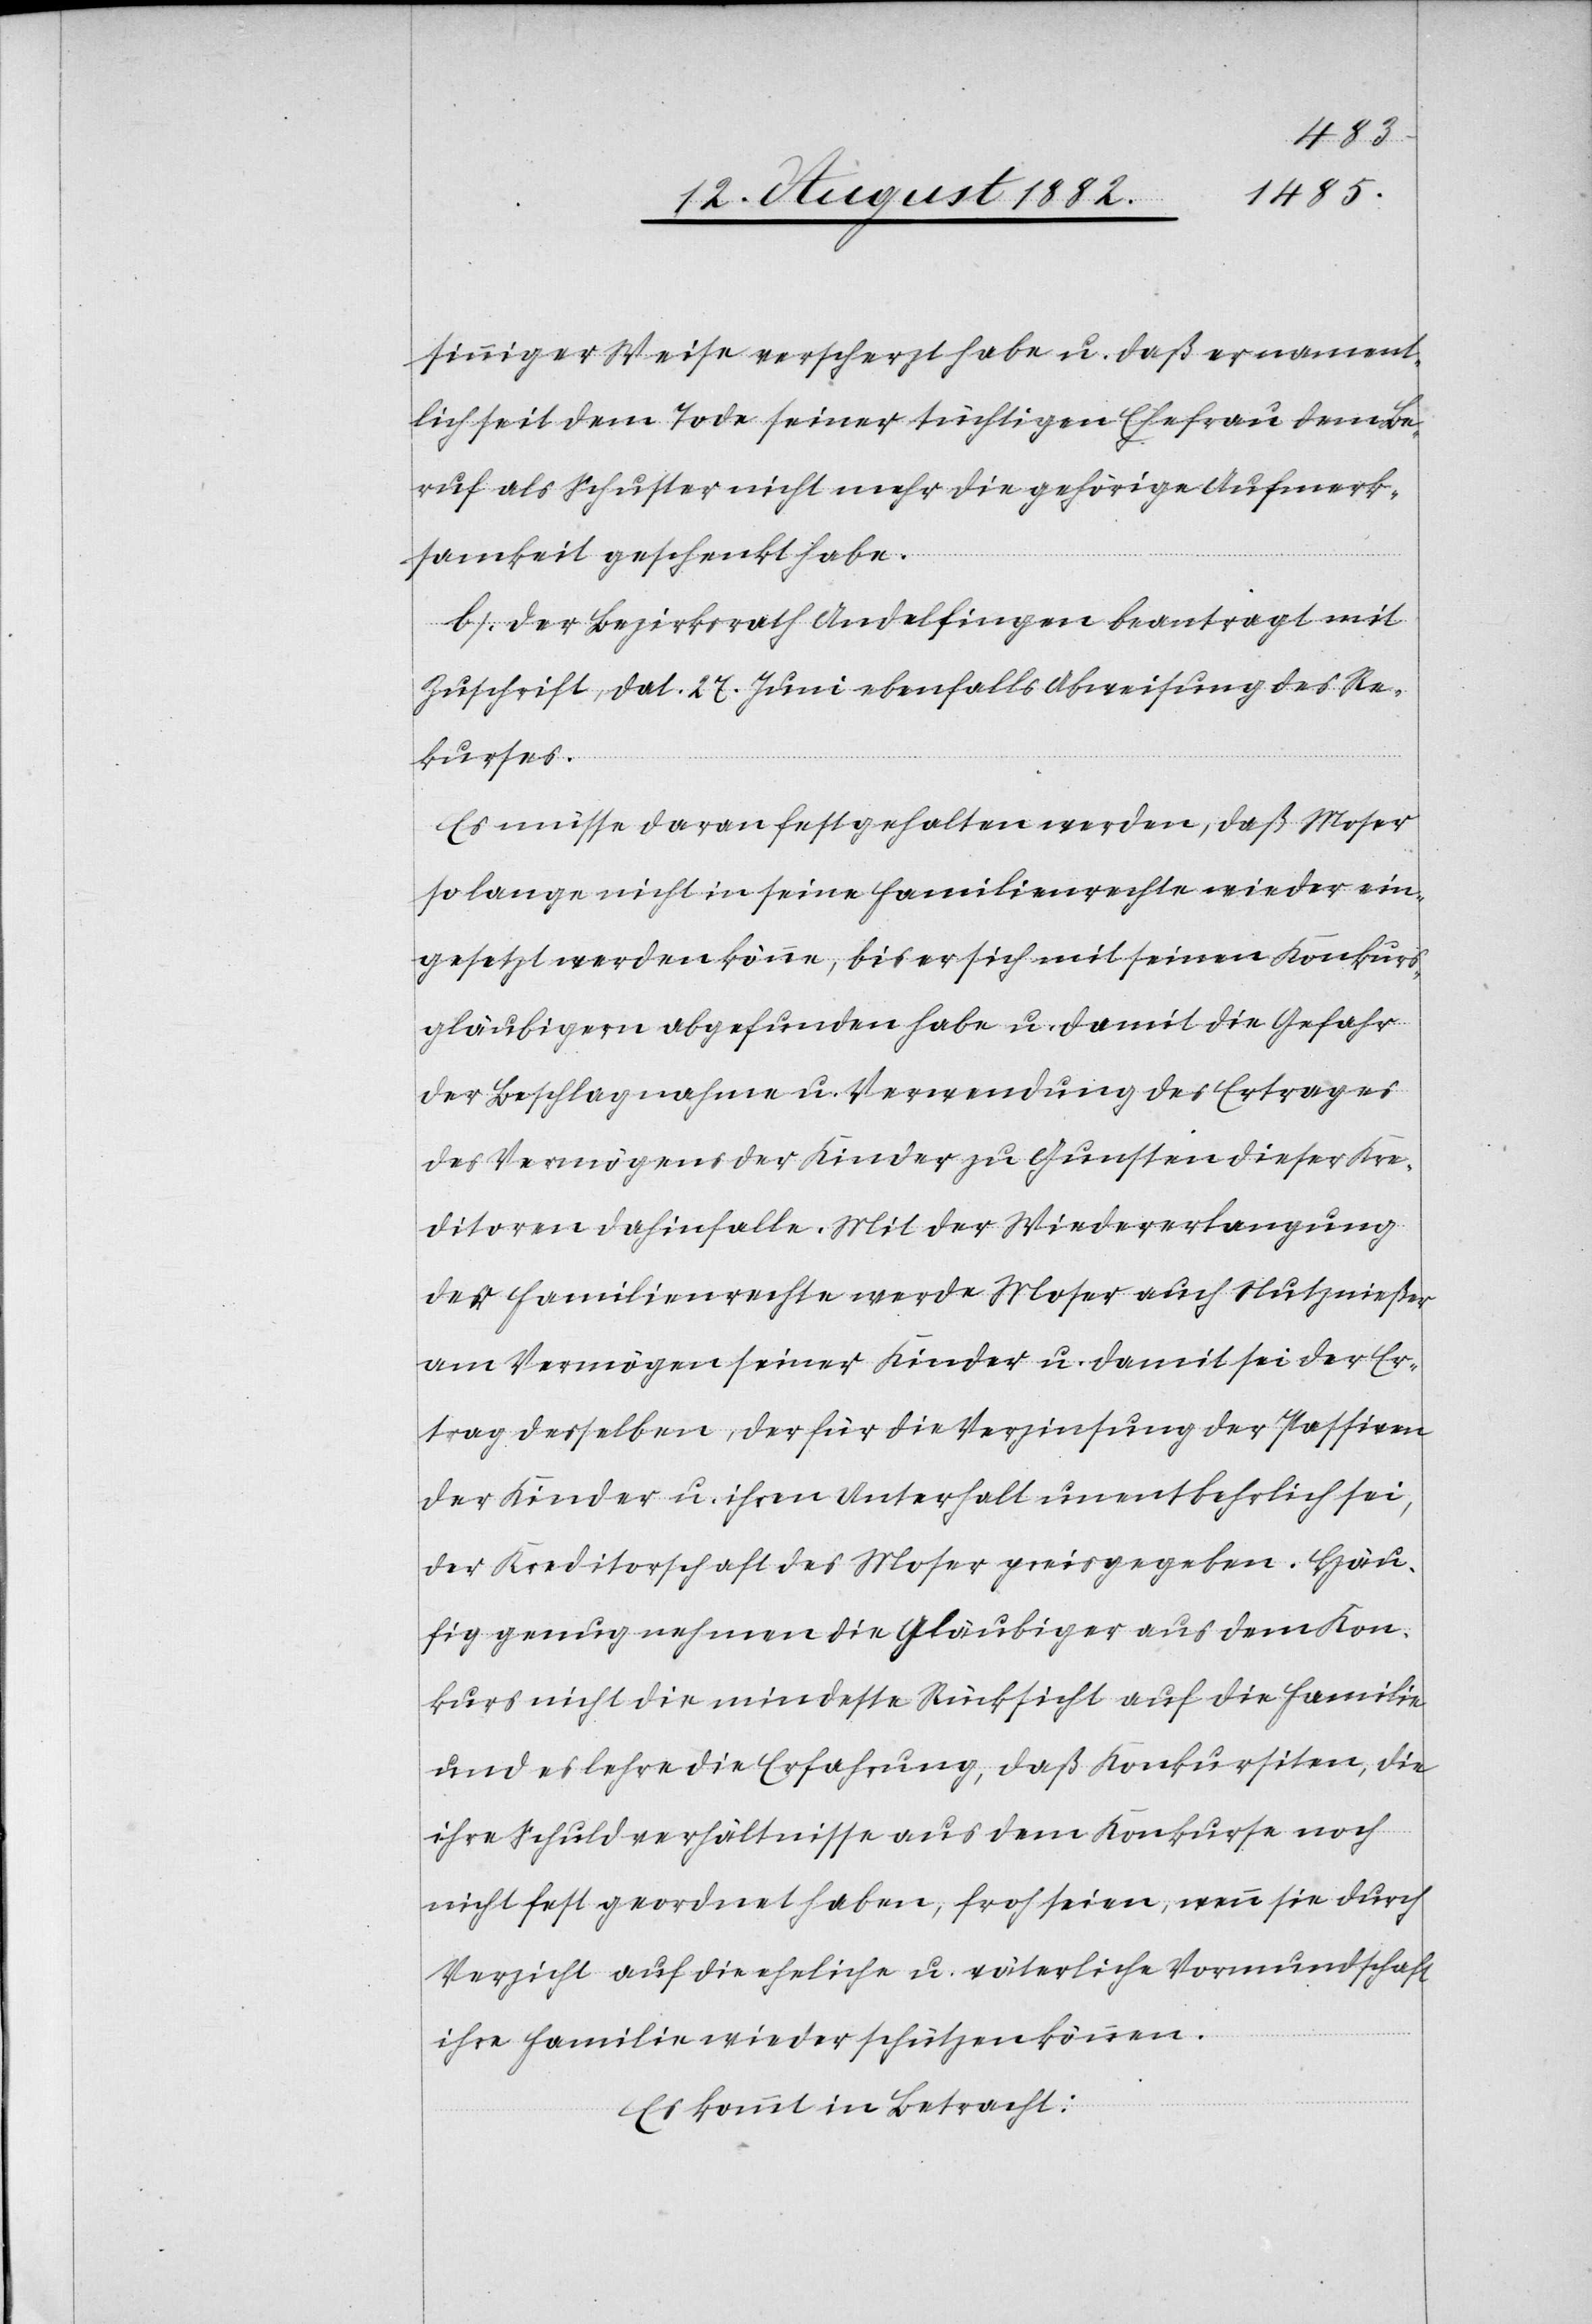
sinniger Weise verscherzt habe u. daß er nament¬
lich seit dem Tode seiner tüchtigen Ehefrau dem Be¬
ruf als Schuster nicht mehr die gehörige Aufmerk¬
samkeit geschenkt habe.
b. Der Bezirksrath Andelfingen beantragt mit
Zuschrift, dat. 27. Juni ebenfalls Abweisung des Re¬
kurses.
Es müsse daran festgehalten werden, daß Moser
so lange nicht in seine Familienrechte wieder ein¬
gesetzt werden könne, bis er sich mit seinen Konkurs¬
gläubigern abgefunden habe u. damit die Gefahr
der Beschlagnahme u. Verwendung des Ertrages
des Vermögens der Kinder zu Gunsten dieser Kre¬
ditoren dahinfalle. Mit der Wiedererlangung
der Familienrechte werde Moser auch Nutznießer
am Vermögen seiner Kinder u. damit sei der Er¬
trag desselben, der für die Verzinsung der Passiven
der Kinder u. ihren Unterhalt unentbehrlich sei,
der Kreditorschaft des Moser preisgegeben. Häu¬
fig genug nehmen die Gläubiger aus dem Kon¬
kurs nicht die mindeste Rücksicht auf die Familie
und es lehre die Erfahrung, daß Konkursiten, die
ihre Schuldverhältnisse aus dem Konkurse noch
nicht fest geordnet haben, froh seien, wenn sie durch
Verzicht auf die ehelich u. väterliche Vormundschaft
ihre Familie wieder schützen können.
Es kommt in Betracht: